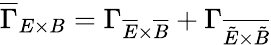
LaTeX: \overline{{\Gamma}}_{E\times B}=\Gamma_{\overline{{E}}\times\overline{{B}}}+\Gamma_{\overline{{\tilde{E}\times\tilde{B}}}}